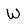
Character: W